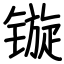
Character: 镟